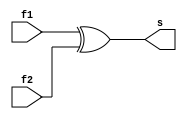
// ------------------------- 
// Exemplo0031 - EX1 
// Nome: Luhan Mairinck Reis 
// ------------------------- 

// ------------------------- 
// EX1_gate 
// ------------------------- 

module C1 (output s, input f1, input f2);

xor XOR1 (s,f1,f2); 

endmodule // C1

module Adder (output s1, output s2, input a, input b);

xor XOR1 (s2,a,b);
and AND1 (s1,a,b);				 				

endmodule // Adder

module  FullAdder (output s3, output s4,input e1, input e2, input c);
wire p1, p2,p3;

Adder HA1 (p1,p2,e1,e2);
Adder HA2 (s3,p3,p1,c);
xor XOR1 (s4,p3,p2);

endmodule // FullAdder

module Selecionador (output [4:0]s,input[3:0] a,
                     input[3:0] b, input carry);
wire  w1,w2,w3,w4,p1,p2,p3,p4;

C1 c1 (w1,b[0],carry);
C1 c2 (w2,b[1],carry);
C1 c3 (w3,b[2],carry);
C1 c4 (w4,b[3],carry);
FullAdder FU1 (s[0],p1,a[0],w1,carry);
FullAdder FU2 (s[1],p2,a[1],w2,p1);
FullAdder FU3 (s[2],p3,a[2],w3,p2);
FullAdder FU4 (s[3],p4,a[3],w4,p3);
C1 c5 (s[4],p4,carry);

endmodule // Selecionador

module test_EX1; 

// ------------------------- definir dados 

reg[3:0] x, y;
reg z;  
wire[4:0] p;

Selecionador modulo (p, x, y, z); 

// ------------------------- parte principal 

initial begin 
$display("Exemplo0032 - Luhan Mairinck Reis - 446987"); 
$display("Test LU's module"); 

x = 4'b0000; y = 4'b0000; z = 'b0;

// projetar testes do modulo 
#1 $display("\n a    b   carry   s"); 
#1 $monitor("%4b %4b   %b   %4b" ,x,y,z,p); 

#1 x = 4'b0001; y = 4'b0000; z = 'b0;
#1 x = 4'b0001; y = 4'b0001; z = 'b0;
#1 x = 4'b0010; y = 4'b0001; z = 'b0;
#1 x = 4'b0010; y = 4'b0010; z = 'b0;
#1 x = 4'b0011; y = 4'b0010; z = 'b0;
#1 x = 4'b0011; y = 4'b0011; z = 'b0;
#1 x = 4'b0100; y = 4'b0011; z = 'b0;
#1 x = 4'b0100; y = 4'b0100; z = 'b0;
#1 x = 4'b0101; y = 4'b0100; z = 'b0;
#1 x = 4'b0101; y = 4'b0101; z = 'b0;
#1 x = 4'b0110; y = 4'b0101; z = 'b0;
#1 x = 4'b0110; y = 4'b0110; z = 'b0;
#1 x = 4'b0111; y = 4'b0110; z = 'b0;
#1 x = 4'b0111; y = 4'b0111; z = 'b1;
#1 x = 4'b1000; y = 4'b0111; z = 'b1;
#1 x = 4'b1000; y = 4'b1000; z = 'b1;
#1 x = 4'b1001; y = 4'b1000; z = 'b1;
#1 x = 4'b1001; y = 4'b1001; z = 'b1;
#1 x = 4'b1010; y = 4'b1001; z = 'b1;
#1 x = 4'b1010; y = 4'b1010; z = 'b1;
#1 x = 4'b1011; y = 4'b1010; z = 'b1;
#1 x = 4'b1011; y = 4'b1011; z = 'b1;
#1 x = 4'b1100; y = 4'b1011; z = 'b1;
#1 x = 4'b1100; y = 4'b1100; z = 'b1;
#1 x = 4'b1101; y = 4'b1100; z = 'b1;
#1 x = 4'b1101; y = 4'b1101; z = 'b1;
#1 x = 4'b1110; y = 4'b1101; z = 'b1;
#1 x = 4'b1110; y = 4'b1110; z = 'b1;
#1 x = 4'b1111; y = 4'b1110; z = 'b1;
#1 x = 4'b1111; y = 4'b1111; z = 'b1;


end 
endmodule // test_EX1